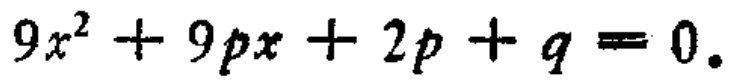
\(9x^{2}+9px + 2p + q = 0.\)